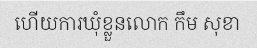
ហើយការឃុំខ្លួនលោក កឹម សុខា